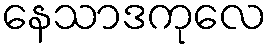
နေသာဒကုလေ